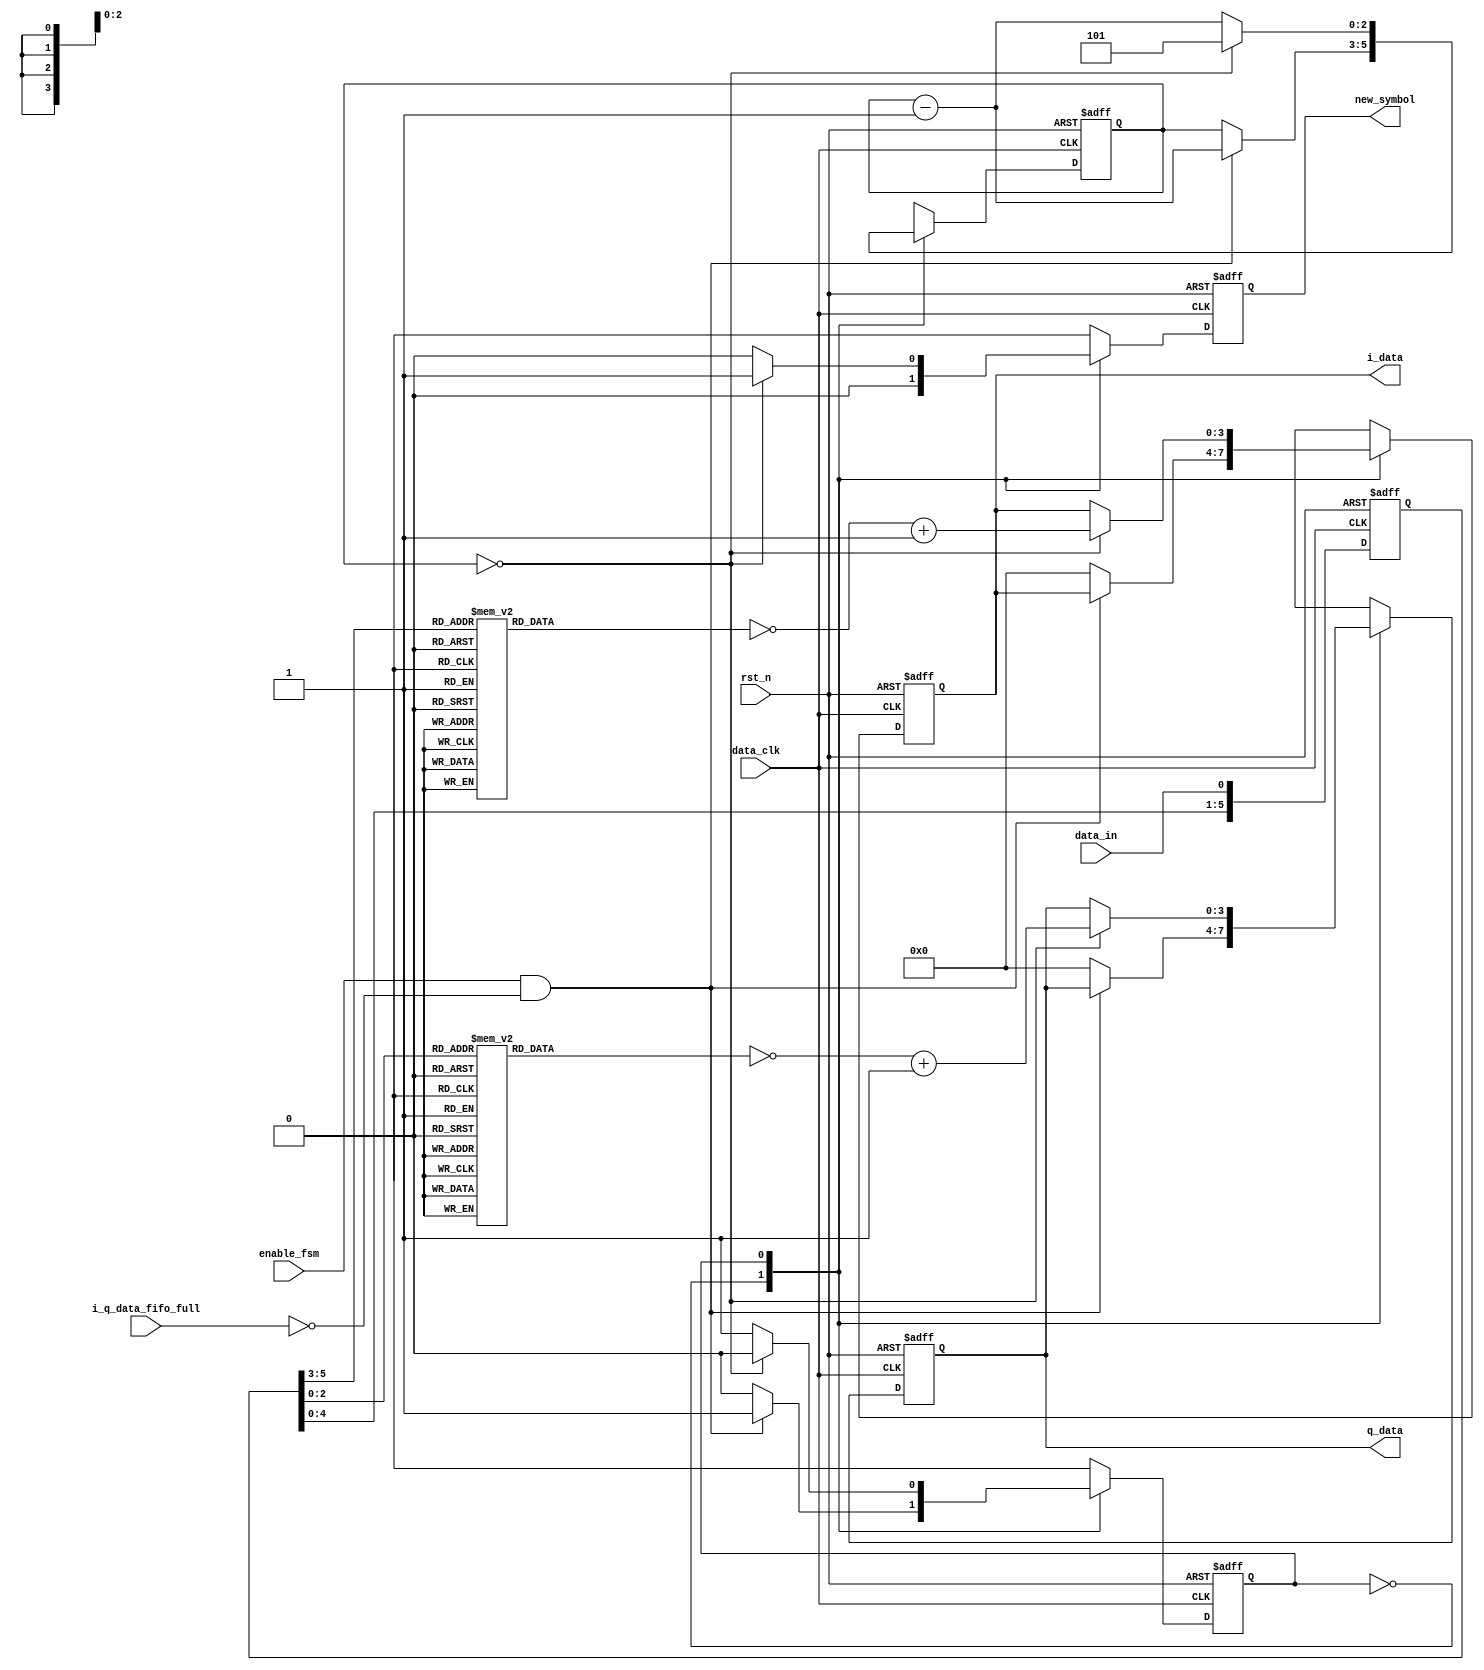
`timescale 1ns / 1ps

////////////////////////////////////////////////////////////////////////////
//
// Munya Kaudani
// 64-QAM Modulator Symbol Mapping module
//
////////////////////////////////////////////////////////////////////////////

module symbol_mapping(
		      input wire       data_clk,
		      input wire       rst_n,
		      input wire       data_in,
		      input wire       enable_fsm,
		      input wire       i_q_data_fifo_full,
		      output reg [3:0] i_data,
		      output reg [3:0] q_data,
		      output reg       new_symbol
		      );

   //internal registers
   reg [5:0]			  baseband_shift_reg_current;
   reg [2:0]			  bit_count_current;
   reg [3:0]			  i_value;
   reg [3:0]			  q_value;
   reg [3:0]			  i_mapped;
   reg [3:0]			  q_mapped;
   reg				  state_current;
   reg [2:0]                      lower_bits;
   reg [2:0]                      upper_bits;
   
   //internal combinational registers
   reg [5:0]			  baseband_shift_reg_next;
   reg [2:0]			  bit_count_next;
   reg [3:0]			  i_data_next;
   reg [3:0]			  q_data_next;
   reg				  new_symbol_next;
   reg				  state_next;

   //FSM Definition
   parameter			  S0_IDLE = 1'b0;
   parameter			  S1_MAPPING = 1'b1;
   
   //sequential logic
   always @(posedge data_clk or negedge rst_n)
     begin
	if(rst_n == 1'b0)begin
	   baseband_shift_reg_current <= 5'b00000;
	   bit_count_current          <= 3'd5;
	   i_data                     <= 4'b0000;
	   q_data                     <= 4'b0000;
	   new_symbol                 <= 1'b0;
	   state_current              <= S0_IDLE;
	   i_mapped                   <= 4'b0000;
	   q_mapped                   <= 4'b0000;
	   i_value                    <= 4'b0000;
	   q_value                    <= 4'b0000;
	   lower_bits                 <= 3'b000;
	   upper_bits                 <= 3'b000;
	end else begin
	   baseband_shift_reg_current <= baseband_shift_reg_next;
	   bit_count_current          <= bit_count_next;
	   i_data                     <= i_data_next;
	   q_data                     <= q_data_next;
	   new_symbol                 <= new_symbol_next;
	   state_current              <= state_next;

	end
     end


   //combinational logic for baseband shift register
   always @(*)
     begin
	baseband_shift_reg_next = {baseband_shift_reg_current[4:0], data_in};
     end

   //combinational logic
   always @(*)
     begin
	bit_count_next  = bit_count_current;
	i_data_next    = i_data;
	q_data_next    = q_data;
	state_next = state_current;
	new_symbol_next = 1'b0;

	case(state_current)
	  S0_IDLE: begin
	     if((enable_fsm == 1'b1) & (i_q_data_fifo_full == 1'b0))begin
		state_next = S1_MAPPING;
		bit_count_next = bit_count_current - 1'b1;
	     end else begin
	        i_data_next = 4'b0000;
		q_data_next = 4'b0000;
	     end
	  end

	  S1_MAPPING: begin
	     bit_count_next = bit_count_current - 1'b1;
	     if(bit_count_current == 3'd0)begin
	     
		lower_bits = baseband_shift_reg_current[2:0];
		upper_bits = baseband_shift_reg_current[5:3];
		case(upper_bits)
		  3'b000: i_value = -4'd7;
		  3'b001: i_value = -4'd5;
		  3'b010: i_value = -4'd3;
		  3'b011: i_value = -4'd1;
		  3'b100: i_value = 4'd1;
		  3'b101: i_value = 4'd3;
		  3'b110: i_value = 4'd5;
		  3'b111: i_value = 4'd7;
		  default: i_value = -4'd7;
		endcase // case (baseband_shift_reg_current[5:3])
		
		case(lower_bits)
		  3'b000: q_value = -4'd7;
		  3'b001: q_value = -4'd5;
		  3'b010: q_value = -4'd3;
		  3'b011: q_value = -4'd1;
		  3'b100: q_value = 4'd1;
		  3'b101: q_value = 4'd3;
		  3'b110: q_value = 4'd5;
		  3'b111: q_value = 4'd7;
		  default: q_value = -4'd7;
		endcase // case (baseband_shift_reg_current[5:3])

		i_mapped   = ~i_value;
		q_mapped   = ~q_value;
	      
		i_data_next     = i_mapped + 1'b1;
		q_data_next     = q_mapped + 1'b1;
		new_symbol_next = 1'b1;
		bit_count_next  = 3'd5;
		state_next      = S0_IDLE;
	     end // if (bit_count_current == 3'd0)	     
          end // case: S1_MAPPING

	  default: begin
	     state_next     = S0_IDLE;
	     bit_count_next = 3'd5;
	  end

	endcase // case (state_current)
	
     end // always @ (*)

endmodule // symbol_mapping